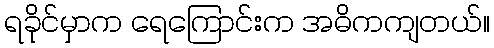
ရခိုင်မှာက ရေကြောင်းက အဓိကကျတယ်။